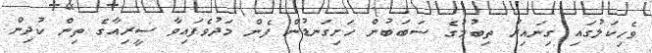
ވެހިކަލުގައި ގިނައިރު ތިބުމުގެ ސަބަބުން ހަށިގަނޑުން ފެން މަދުވެފައިވާ ސީރިއާގެ ތިން ކުދިން